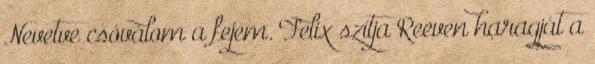
Nevetve csóválom a fejem. Felix szítja Reeven haragját a